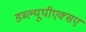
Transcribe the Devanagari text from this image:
डब्ल्यूपीएक्सए